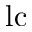
\mathrm { l c }